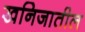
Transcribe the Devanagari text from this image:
खनिजातील